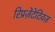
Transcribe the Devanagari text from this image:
रिप्रज़ेंटेटिवज़